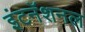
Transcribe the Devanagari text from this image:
इंटनॅशनल